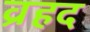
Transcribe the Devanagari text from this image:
व्रहद